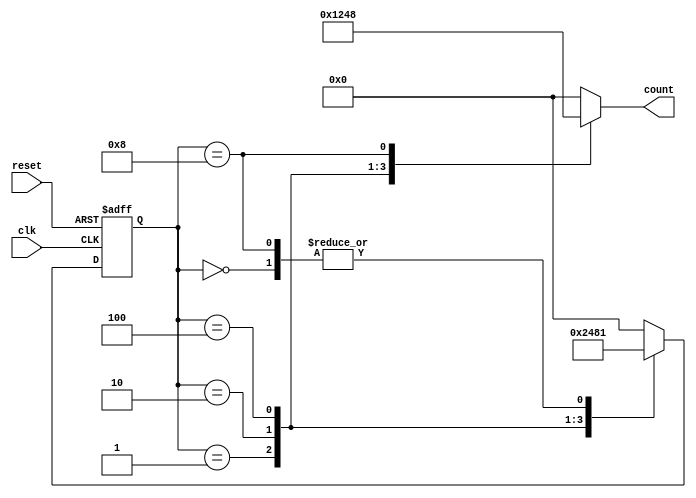
module decade_ring_counter (
    input wire clk,       // Clock input
    input wire reset,     // Asynchronous reset input
    output reg [3:0] count // 4-bit output representing the current state
);

// Internal state encoding for the decade ring counter
localparam [3:0] STATE_0 = 4'b0000,
                 STATE_1 = 4'b0001,
                 STATE_2 = 4'b0010,
                 STATE_3 = 4'b0100,
                 STATE_4 = 4'b1000;

// Current state register
reg [3:0] current_state;

// Sequential logic for state transitions
always @(posedge clk or posedge reset) begin
    if (reset) begin
        current_state <= STATE_0; // Reset to initial state (0000)
    end else begin
        case (current_state)
            STATE_0: current_state <= STATE_1; // 0000 -> 0001
            STATE_1: current_state <= STATE_2; // 0001 -> 0010
            STATE_2: current_state <= STATE_3; // 0010 -> 0100
            STATE_3: current_state <= STATE_4; // 0100 -> 1000
            STATE_4: current_state <= STATE_1; // 1000 -> 0001 (loop back)
            default: current_state <= STATE_0; // Default case (should not occur)
        endcase
    end
end

// Assign the current state to the output
always @(*) begin
    case (current_state)
        STATE_0: count = 4'b0000; // 0
        STATE_1: count = 4'b0001; // 1
        STATE_2: count = 4'b0010; // 2
        STATE_3: count = 4'b0100; // 4
        STATE_4: count = 4'b1000; // 8
        default: count = 4'b0000; // Default to 0
    endcase
end

endmodule